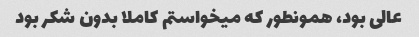
عالی بود، همونطور که میخواستم کاملا بدون شکر بود